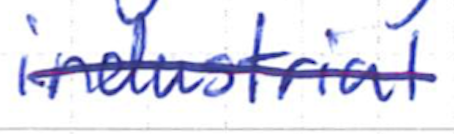
Text: industrial
Cross-out: single-line
Writing tool: ballpoint